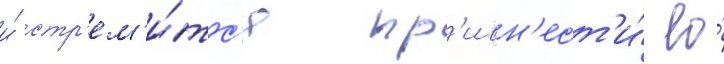
и́ стр'ем'и́тс'я пр'ивн'ест'и́ ео́